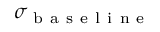
\sigma _ { \mathrm { ~ b ~ a ~ s ~ e ~ l ~ i ~ n ~ e ~ } }